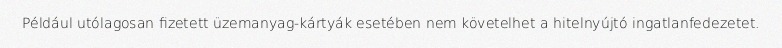
Például utólagosan fizetett üzemanyag-kártyák esetében nem követelhet a hitelnyújtó ingatlanfedezetet.